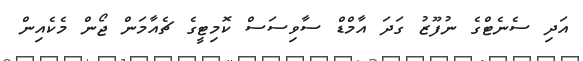
އަދި ސެނެޓްގެ ނުފޫޒު ގަދަ އާމްޑް ސާވިސަސް ކޮމިޓީގެ ޗެއާމަން ޖޯން މެކެއިން